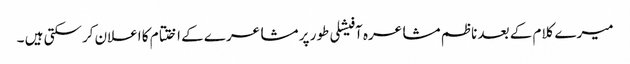
میرے کلام کے بعد ناظم مشاعرہ آفیشلی طور پر مشاعرے کے اختتام کا اعلان کرسکتی ہیں ۔